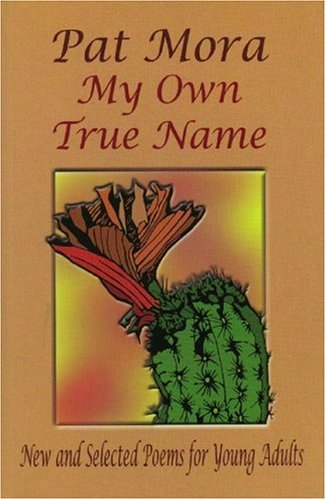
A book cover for My Own True Name: New and Selected Poems for Young Adults, 1984-1999 (Pinata Books for Young Adults); Pat Mora; Teen & Young Adult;